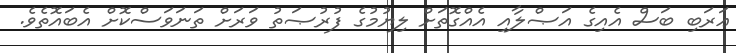
ޢަރަބި ބަސް އެއިގެ އަޞްލާއި އެއްގޮތަށް ލިޔުމުގެ ފުރުޞަތު ވަރަށް ތަނަވަސްކޮށް އެބައޮތެވެ.